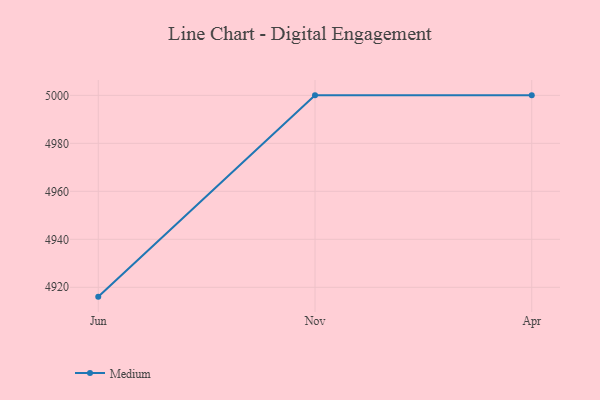
{"axis": {"x": "Month", "y": "Inventory Turnover"}, "legend": ["Medium"], "data": [{"x": "Jun", "y": 4916.1, "type": "Medium"}, {"x": "Nov", "y": 5000, "type": "Medium"}, {"x": "Apr", "y": 5000, "type": "Medium"}]}